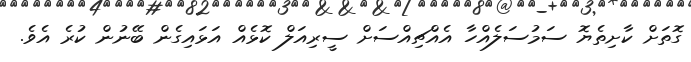
ގޮތަށް ކާށިތެޔޮ ސަމުސަލެއްހާ އެއްޗިއްސަށް ސީރިއަލް ކޮޅެއް އަޅައިގެން ބޭނުން ކުރެ އެވެ.